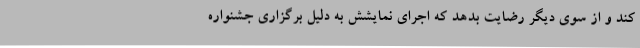
کند و از سوی دیگر رضایت بدهد که اجرای نمایشش به دلیل برگزاری جشنواره